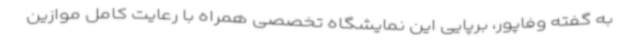
به گفته وفاپور، برپایی این نمایشگاه تخصصی همراه با رعایت کامل موازین